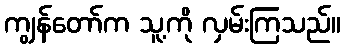
ကျွန်တော်က သူ့ကို လှမ်းကြသည်။